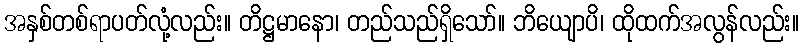
အနှစ်တစ်ရာပတ်လုံ့လည်း။ တိဋ္ဌမာနော၊ တည်သည်ရှိသော်။ ဘိယျောပိ၊ ထိုထက်အလွန်လည်း။